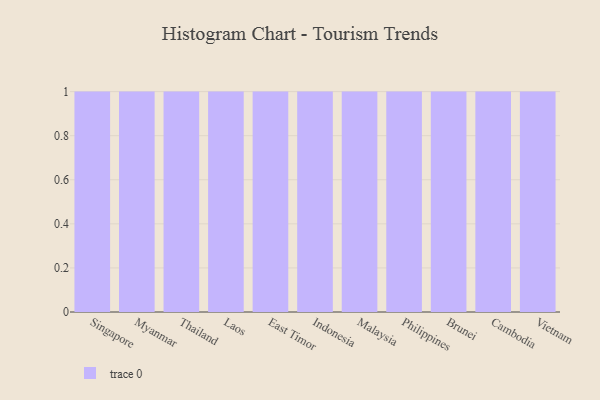
{"axis": {"x": "Country", "y": "Latency (ms)"}, "legend": [""], "data": [{"x": "Singapore", "y": 55, "type": ""}, {"x": "Myanmar", "y": 100, "type": ""}, {"x": "Thailand", "y": 89, "type": ""}, {"x": "Laos", "y": 8, "type": ""}, {"x": "East Timor", "y": 3, "type": ""}, {"x": "Indonesia", "y": 56, "type": ""}, {"x": "Malaysia", "y": 90, "type": ""}, {"x": "Philippines", "y": 82, "type": ""}, {"x": "Brunei", "y": 78, "type": ""}, {"x": "Cambodia", "y": 89, "type": ""}, {"x": "Vietnam", "y": 52, "type": ""}]}